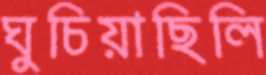
ঘুচিয়াছিলি